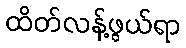
ထိတ်လန့်ဖွယ်ရာ